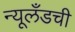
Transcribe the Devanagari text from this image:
न्यूलँडची